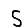
Digit: 5